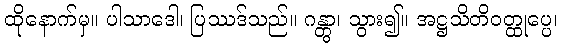
ထိုနောက်မှ။ ပါသာဒေါ၊ ပြဿဒ်သည်။ ဂန္တွာ၊ သွား၍။ အဋ္ဌသိတိဝတ္ထုပ္ပေ၊